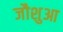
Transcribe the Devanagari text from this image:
जौशुआ